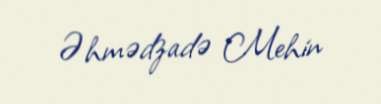
Əhmədzadə Mehin